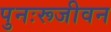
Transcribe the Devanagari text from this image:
पुनःरूजीवन